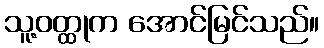
သူ့ဝတ္ထုက အောင်မြင်သည်။